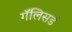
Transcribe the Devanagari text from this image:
गॅलिसर्ड